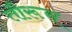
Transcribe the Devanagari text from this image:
तौरूस